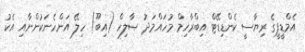
އެމްޑީޕީގެ ރިޔާސީ ކެންޑިޑޭޓް އިބްރާހިމް މުހައްމަދު ޞާލިހް (އިބޫ) ހިލޭ އަންހެނަކުންނާއި އެކު